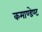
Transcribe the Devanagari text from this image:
कमाण्डेण्ट